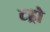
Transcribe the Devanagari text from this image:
टड्रो